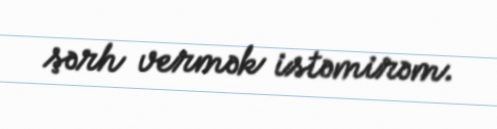
şərh vermək istəmirəm.